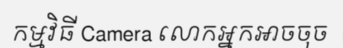
កម្មវិធី Camera លោកអ្នកអាចចុច